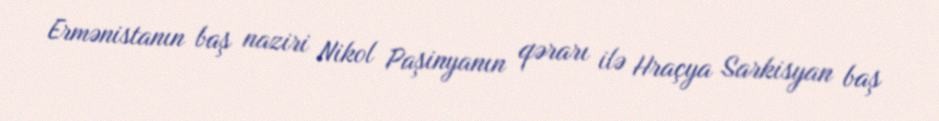
Ermənistanın baş naziri Nikol Paşinyanın qərarı ilə Hraçya Sarkisyan baş